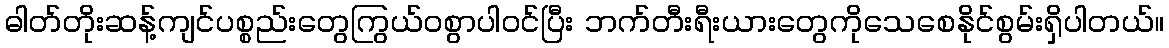
ဓါတ်တိုးဆန့်ကျင်ပစ္စည်းတွေကြွယ်ဝစွာပါဝင်ပြီး ဘက်တီးရီးယားတွေကိုသေစေနိုင်စွမ်းရှိပါတယ်။